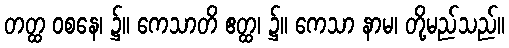
တတ္ထ ဝစနေ၊ ၌။ ကေသာတိ ဧတ္ထ၊ ၌။ ကေသာ နာမ၊ တို့မည်သည်။